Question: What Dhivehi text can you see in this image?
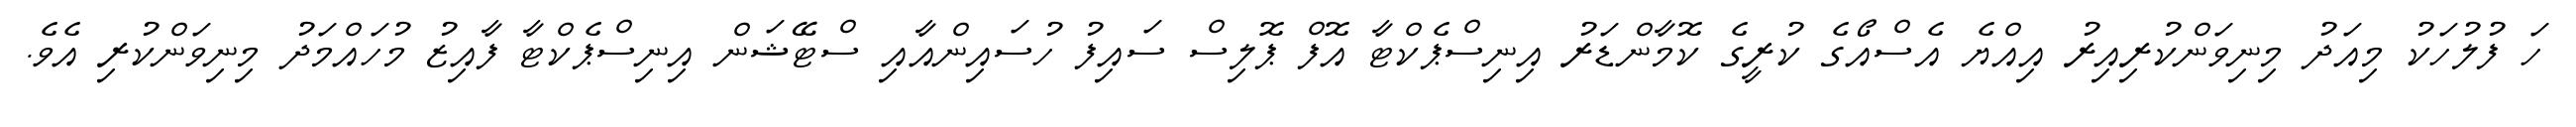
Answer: ހަ ފުލުހަކު މިއަދު މިނިވަންކުރިއިރު އިއްޔެ އެސްއޯގެ ކުރީގެ ކޮމާންޑަރު އިނިސްޕެކްޓާ އޮފް ޕޮލިސް ސައިފު ހުސައިންއާއި ސްޓޭޝަން އިނިސްޕެކްޓާ ފާއިޒު މުހައްމަދު މިނިވަންކުރި އެވެ.